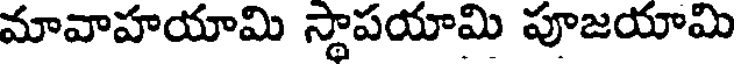
మావాహయామి స్థాపయామి పూజయామి